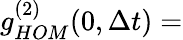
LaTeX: g_{HOM}^{(2)}(0,\Delta t)=